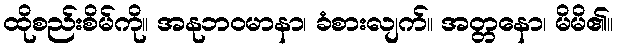
ထိုစည်းစိမ်ကို။ အနုဘဝမာနာ၊ ခံစားလျက်။ အတ္တနော၊ မိမိ၏။